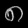
Digit: ၈